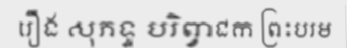
រឿង សុភទ្ទ បរិព្វាជក ព្រះបរម